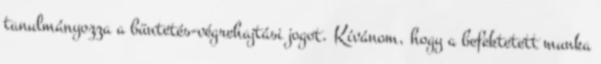
tanulmányozza a büntetés-végrehajtási jogot. Kívánom, hogy a befektetett munka